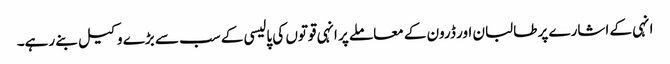
انہی کے اشارے پر طالبان اور ڈرون کے معاملے پر انہی قوتوں کی پالیسی کے سب سے بڑے وکیل بنے رہے۔